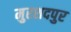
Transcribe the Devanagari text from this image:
मुरशदपुर